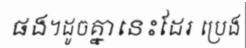
ផង។ដូចគ្នានេះដែរ ប្រេង